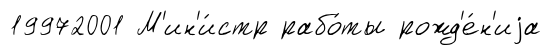
19972001 М'ин'и́стр рабо́ты рожд'е́н'иjа